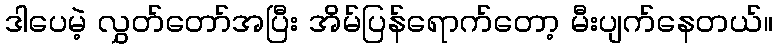
ဒါပေမဲ့ လွှတ်တော်အပြီး အိမ်ပြန်ရောက်တော့ မီးပျက်နေတယ်။